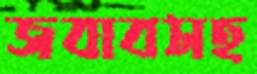
জবাবসহ